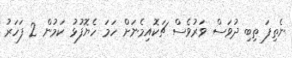
ނެތިފަ ތިބި ދުވަސް ވަރުވެސް ޗަކޮއިމެނަށް ހަމަ ހެޔޮފުޅު ކަމުން 2 ފަހަރު